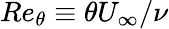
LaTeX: Re_{\theta}\equiv\theta U_{\infty}/\nu